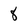
Character: 8